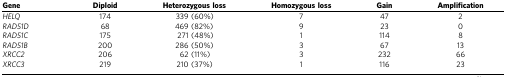
<table><thead><tr><td><b>Gene</b></td><td><b>Diploid</b></td><td><b>Heterozygous loss</b></td><td><b>Homozygous loss</b></td><td><b>Gain</b></td><td><b>Amplification</b></td></tr></thead><tbody><tr><td><i>HELQ</i></td><td>174</td><td>339 (60%)</td><td>7</td><td>47</td><td>2</td></tr><tr><td><i>RAD51D</i></td><td>68</td><td>469 (82%)</td><td>9</td><td>23</td><td>0</td></tr><tr><td><i>RAD51C</i></td><td>175</td><td>271 (48%)</td><td>1</td><td>114</td><td>8</td></tr><tr><td><i>RAD51B</i></td><td>200</td><td>286 (50%)</td><td>3</td><td>67</td><td>13</td></tr><tr><td><i>XRCC2</i></td><td>206</td><td>62 (11%)</td><td>3</td><td>232</td><td>66</td></tr><tr><td><i>XRCC3</i></td><td>219</td><td>210 (37%)</td><td>1</td><td>116</td><td>23</td></tr></tbody></table>